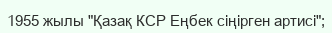
1955 жылы "Қазақ КСР Еңбек сіңірген артисі";